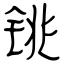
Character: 铫